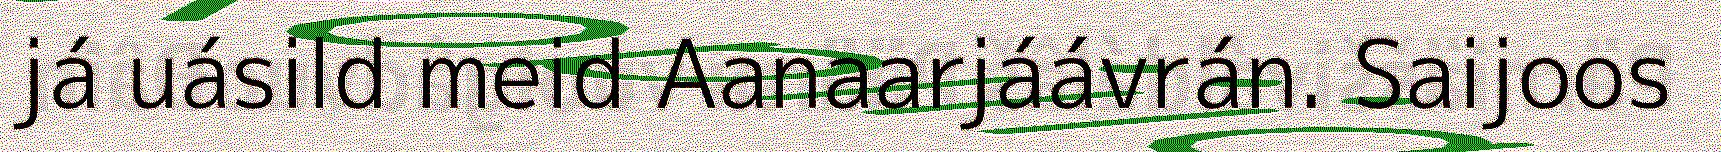
já uásild meid Aanaarjáávrán. Saijoos